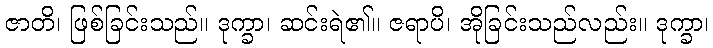
ဇာတိ၊ ဖြစ်ခြင်းသည်။ ဒုက္ခာ၊ ဆင်းရဲ၏။ ဇရာပိ၊ အိုခြင်းသည်လည်း။ ဒုက္ခာ၊